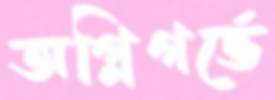
অগ্নিগর্ভে